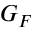
G _ { F }